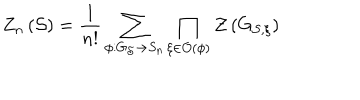
Z _ { n } \left( \mathcal { S } \right) = \frac { 1 } { n ! } \sum _ { \phi : G _ { \mathcal { S } } \rightarrow S _ { n } } \prod _ { \xi \in \mathcal { O } ( \phi ) } \mathcal { Z } \left( G _ { \mathcal { S } , \xi } \right)